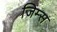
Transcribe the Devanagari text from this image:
जिम्स